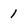
Character: 1